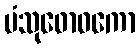
ပံသုဓောဝကော